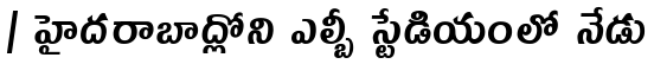
| హైదరాబాద్లోని ఎల్బీ స్టేడియంలో నేడు